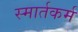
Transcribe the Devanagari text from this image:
स्मार्तकर्म